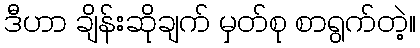
ဒီဟာ ချိန်းဆိုချက် မှတ်စု စာရွက်တဲ့။